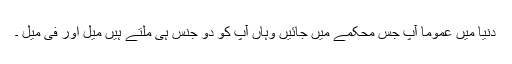
دنیا میں عموماً آپ جس محکمے میں جائیں وہاں آپ کو دو جنس ہی ملتے ہیں میل اور فی میل ۔